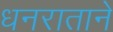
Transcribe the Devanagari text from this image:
धनराताने